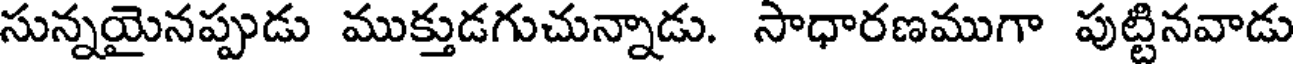
సున్నయైనప్పుడు ముక్తుడగుచున్నాడు. సాధారణముగా పుట్టినవాడు